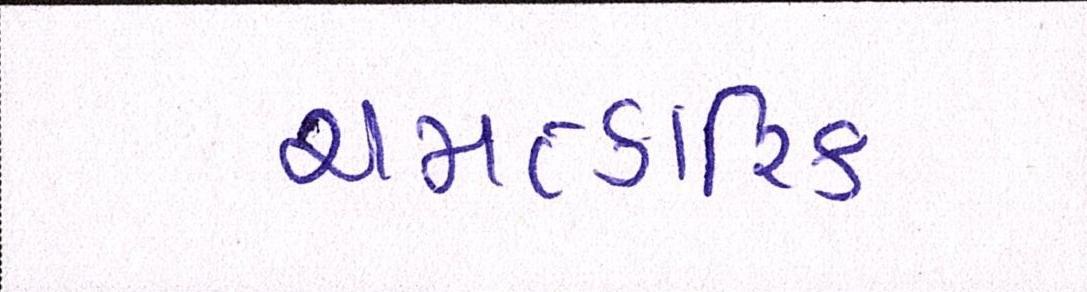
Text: ચમત્કારિક